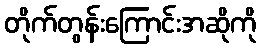
တိုက်တွန်းကြောင်းအဆိုကို